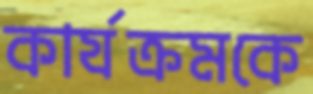
কার্যক্রমকে